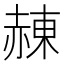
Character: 𧹩